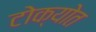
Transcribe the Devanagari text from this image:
टोक्योत